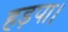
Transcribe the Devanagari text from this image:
हड़पा।